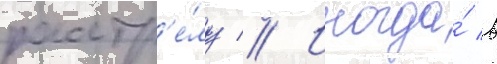
расстр'е́лу // Иногда́ в